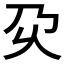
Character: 𰀬